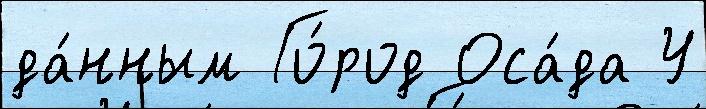
да́нным Го́род Оса́да У